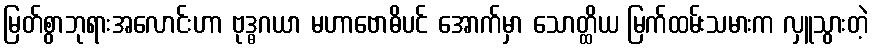
မြတ်စွာဘုရားအလောင်းဟာ ဗုဒ္ဓဂယာ မဟာဗောဓိပင် အောက်မှာ သောတ္ထိယ မြက်ထမ်းသမားက လှူသွားတဲ့